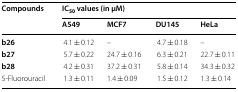
| <ROWSPAN=2> Compounds | <COLSPAN=4> IC50 values (in μM) |
 | A549 | MCF7 | DU145 | HeLa |
 | --- | --- | --- | --- | --- |
 | b26 | 4.1 ± 0.12 | – | 4.7 ± 0.18 | – |
 | b27 | 5.7 ± 0.22 | 24.7 ± 0.16 | 6.3 ± 0.21 | 22.7 ± 0.11 |
 | b28 | 4.2 ± 0.31 | 37.2 ± 0.31 | 5.8 ± 0.14 | 34.3 ± 0.32 |
 | 5-Fluorouracil | 1.3 ± 0.11 | 1.4 ± 0.09 | 1.5 ± 0.12 | 1.3 ± 0.14 |